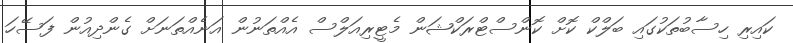
ކައިރި ހިސާބުތަކުގައި ބަލްކް ކޮށް ކޮންސްޓްރަކްޝަން މެޓީރިއަލްސް އެއްތަނުން އަނެއްތަނަށް ގެންދިއުން ފަސޭހަ